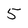
Character: 5